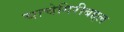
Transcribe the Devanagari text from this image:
चाचेगिरीबद्दल